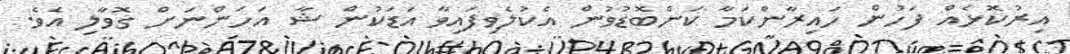
އިރުކޮޅެއް ފަހުން ހައިރާންކަމާ ކަންބޮޑުވުން އެކުލެވިފައިވާ އަޑަކުން ޝާ އަހަންނަށް ގޮވާލި އެވެ.